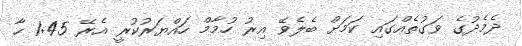
ދެމެދުގެ ވަގުތެއްގައި ކަމަށް ބެލެވޭ އިރު ހުމާމް ހައްޔަރުކުރީ އެރޭ 1:45 ހާ